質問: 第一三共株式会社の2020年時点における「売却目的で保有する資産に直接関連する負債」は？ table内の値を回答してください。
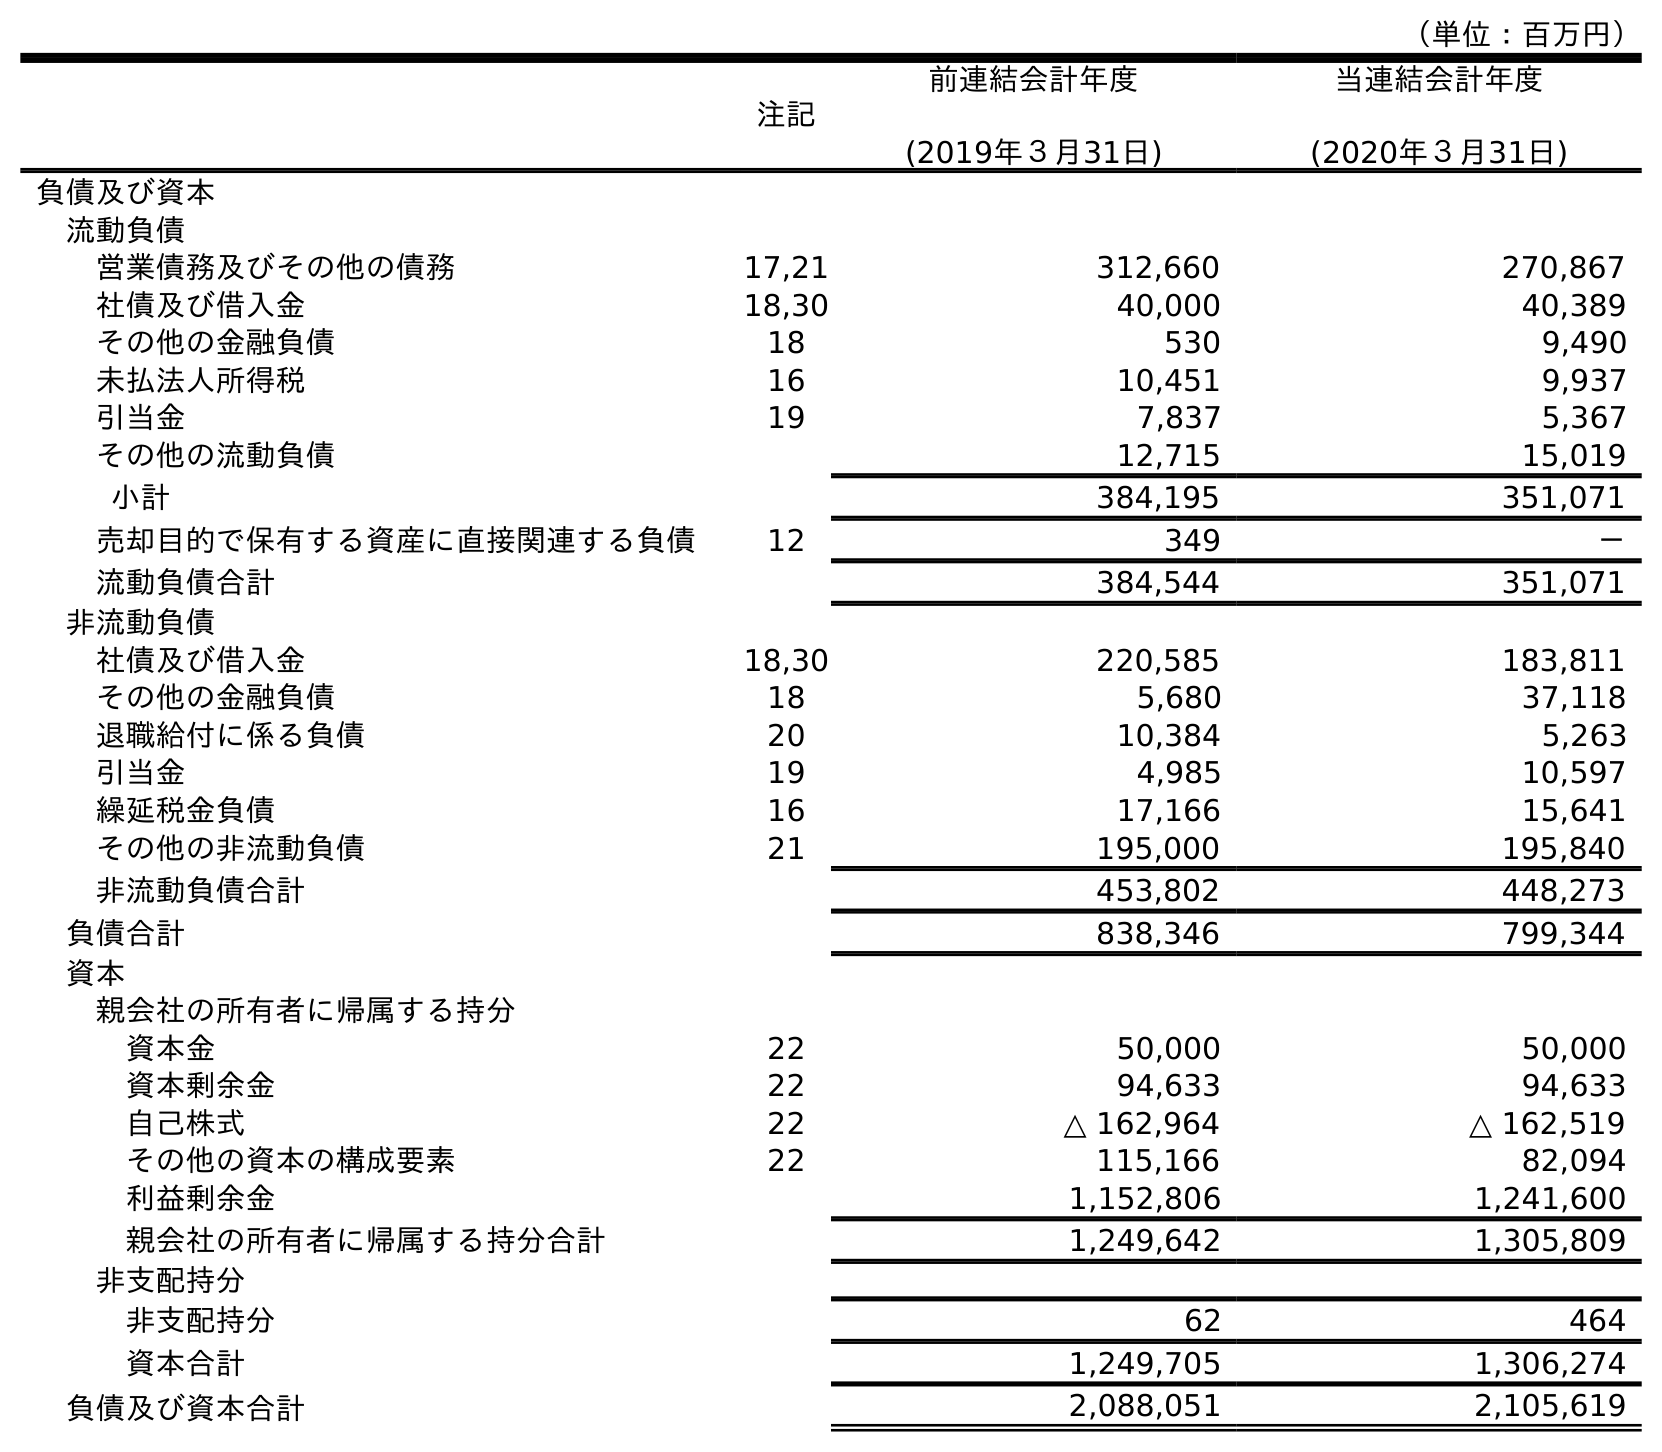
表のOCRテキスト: （単位：百万円） 注記 前連結会計年度 (2019年３月31日) 当連結会計年度 (2020年３月31日) 負債及び資本 流動負債 営業債務及びその他の債務 17,21 312,660 270,867 社債及び借入金 18,30 40,000 40,389 その他の金融負債 18 530 9,490 未払法人所得税 16 10,451 9,937 引当金 19 7,837 5,367 その他の流動負債 12,715 15,019 小計 384,195 351,071 売却目的で保有する資産に直接関連する負債 12 349 － 流動負債合計 384,544 351,071 非流動負債 社債及び借入金 18,30 220,585 183,811 その他の金融負債 18 5,680 37,118 退職給付に係る負債 20 10,384 5,263 引当金 19 4,985 10,597 繰延税金負債 16 17,166 15,641 その他の非流動負債 21 195,000 195,840 非流動負債合計 453,802 448,273 負債合計 838,346 799,344 資本 親会社の所有者に帰属する持分 資本金 22 50,000 50,000 資本剰余金 22 94,633 94,633 自己株式 22 △ 162,964 △ 162,519 その他の資本の構成要素 22 115,166 82,094 利益剰余金 1,152,806 1,241,600 親会社の所有者に帰属する持分合計 1,249,642 1,305,809 非支配持分 非支配持分 62 464 資本合計 1,249,705 1,306,274 負債及び資本合計 2,088,051 2,105,619
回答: －